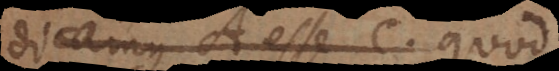
dicamus A esse C. Nolo